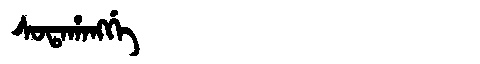
Manchu: ᠰᠣᡨᠠᡥᠠᠩᡤᡝ
Romanization: SOTAHANGGE